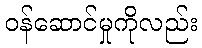
ဝန်ဆောင်မှုကိုလည်း